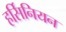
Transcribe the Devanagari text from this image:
हर्सिनियन